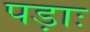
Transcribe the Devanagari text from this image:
पड़ाः